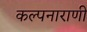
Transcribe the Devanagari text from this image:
कल्पनाराणी